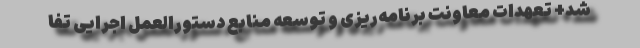
شد+ تعهدات معاونت برنامه‌ریزی و توسعه منابع دستورالعمل اجرایی تفا